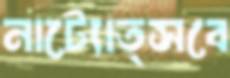
নাট্যোত্সবে